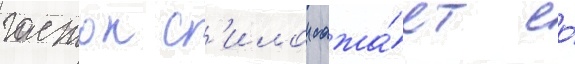
гастон с'илои сажа́ет ео́